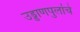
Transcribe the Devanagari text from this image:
उड्डाणपुलांचे